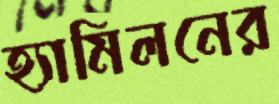
হ্যামিলনের